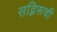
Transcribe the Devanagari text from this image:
सद्भिरूची